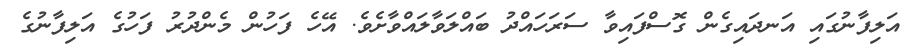
އަލިފާނުގައި އަނދައިގެން ގޮސްފައިވާ ސަރަހައްދު ބައްލަވާލައްވާށެވެ. އޭހެ ފަހުން މެންދުރު ފަހުގެ އަލިފާނުގެ